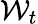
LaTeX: \mathcal{W}_{t}